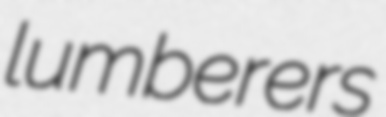
lumberers